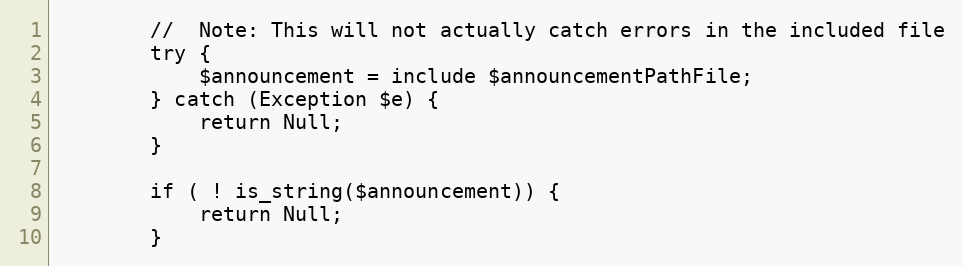
Language: PHP
        //  Note: This will not actually catch errors in the included file
        try {
            $announcement = include $announcementPathFile;
        } catch (Exception $e) {
            return Null;
        }

        if ( ! is_string($announcement)) {
            return Null;
        }